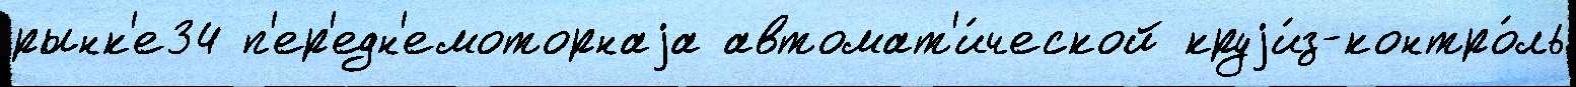
рынк'е34 п'ер'едн'емоторнаjа автомат'и́ческой круjи́з-контро́ль